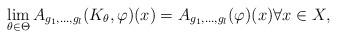
LaTeX: \begin{gather*}\lim_{\theta\in\Theta}A_{g_1,\dotsc,g_l}(K_{\theta},\varphi)(x)=A_{g_1,\dotsc,g_l}(\varphi)(x)\forall x\in X,\end{gather*}